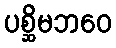
ပစ္ဆိမဘဝေ